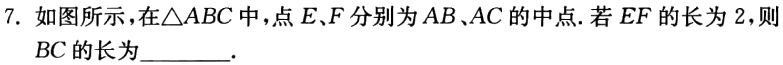
7. 如图所示，在$\triangle ABC$中，点$E、F$分别为$AB、AC$的中点. 若$EF$的长为$2$，则$BC$的长为________.